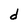
Character: d